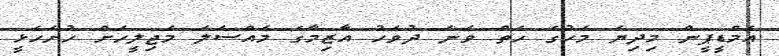
އެމްޑީޕީން މިދިޔަ މަހުގެ ހަތް ވަނަ ދުވަހު އާޒިމާގެ މައްސަލަ މަޖިލީހަށް ހުށަހެޅީ